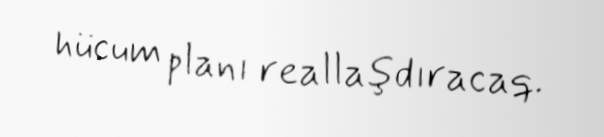
hücum planı reallaşdıracaq.